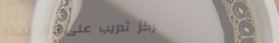
مركز تدريب على الكمبيوتر،